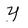
Character: Y